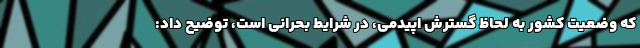
که وضعیت کشور به لحاظ گسترش اپیدمی، در شرایط بحرانی است، توضیح داد: